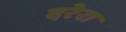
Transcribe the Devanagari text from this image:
दरेरा